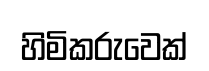
හිමිකරුවෙක්